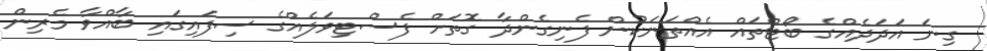
ގިނަ އަދަދެއްގެ ބޯޓްތައް އެއްތަނަކުން ފެނިގެންދާ ގޮތަށް ފެސްޓިވަލެއްގެ ސިފައިގައި ބާއްވާ މެރިން